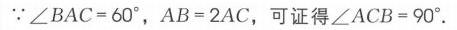
\(\because\angle BAC = 60^{\circ}\)，\(AB = 2AC\)，可证得\(\angle ACB = 90^{\circ}\).